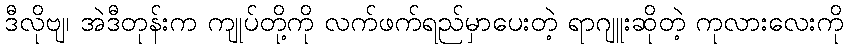
ဒီလိုဗျ၊ အဲဒီတုန်းက ကျုပ်တို့ကို လက်ဖက်ရည်မှာပေးတဲ့ ရာဂျူးဆိုတဲ့ ကုလားလေးကို